Indian journal of veterinary science and animal husbandry - Volumes 18-21, 1948-1951
Year: 1948
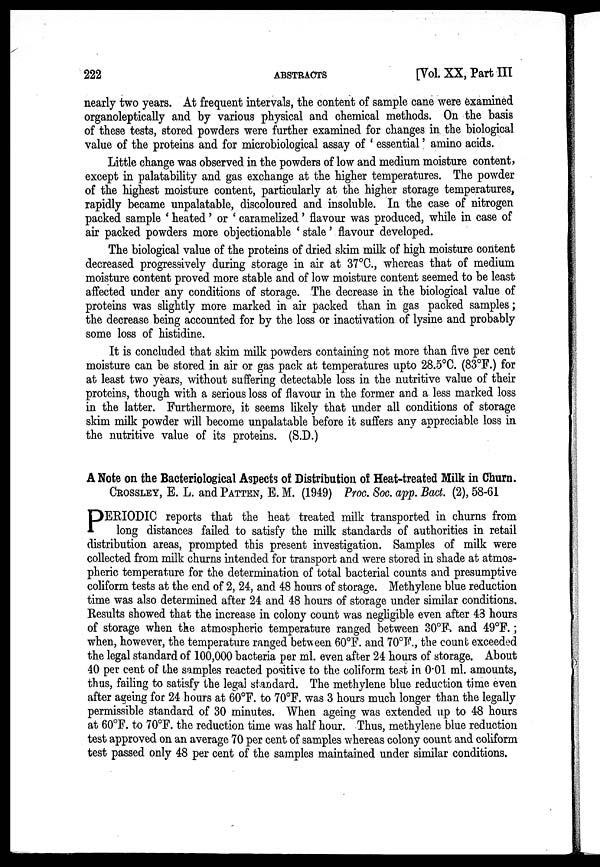
222
ABSTRACTS
[Vol. XX, Part III
nearly two years. At frequent intervals, the content of sample cane were examined
organoleptically and by various physical and chemical methods. On the basis
of these tests, stored powders were further examined for changes in the biological
value of the proteins and for microbiological assay of ' essential ' amino acids.
Little change was observed in the powders of low and medium moisture content,
except in palatability and gas exchange at the higher temperatures. The powder
of the highest moisture content, particularly at the higher storage temperatures,
rapidly became unpalatable, discoloured and insoluble. In the case of nitrogen
packed sample ' heated ' or ' caramelized ' flavour was produced, while in case of
air packed powders more objectionable ' stale ' flavour developed.
The biological value of the proteins of dried skim milk of high moisture content
decreased progressively during storage in air at 37°C., whereas that of medium
moisture content proved more stable and of low moisture content seemed to be least
affected under any conditions of storage. The decrease in the biological value of
proteins was slightly more marked in air packed than in gas packed samples ;
the decrease being accounted for by the loss or inactivation of lysine and probably
some loss of histidine.
It is concluded that skim milk powders containing not more than five per cent
moisture can be stored in air or gas pack at temperatures upto 28.5°C. (83°F.) for
at least two years, without suffering detectable loss in the nutritive value of their
proteins, though with a serious loss of flavour in the former and a less marked loss
in the latter. Furthermore, it seems likely that under all conditions of storage
skim milk powder will become unpalatable before it suffers any appreciable loss in
the nutritive value of its proteins. (S.D.)
A Note on the Bacteriological Aspects of Distribution of Heat-treated Milk in Churn.
CROSSLEY, E. L. and PATTEN, E. M. (1949) Proc. Soc. app. Bact. (2), 58-61
P ERIODIC reports that the heat treated milk transported in churns from
long distances failed to satisfy the milk standards of authorities in retail
distribution areas, prompted this present investigation. Samples of milk were
collected from milk churns intended for transport and were stored in shade at atmos-
pheric temperature for the determination of total bacterial counts and presumptive
coliform tests at the end of 2, 24, and 48 hours of storage. Methylene blue reduction
time was also determined after 24 and 48 hours of storage under similar conditions.
Results showed that the increase in colony count was negligible even after 43 hours
of storage when the atmospheric temperature ranged between 30°F. and 49°F. ;
when, however, the temperature ranged between 60°F. and 70°F., the count exceeded
the legal standard of 100,000 bacteria per ml. even after 24 hours of storage. About
40 per cent of the samples reacted positive to the coliform test in 0.01 ml. amounts,
thus, failing to satisfy the legal standard. The methylene blue reduction time even
after ageing for 24 hours at 60°F. to 70°F. was 3 hours much longer than the legally
permissible standard of 30 minutes. When ageing was extended up to 48 hours
at 60°F. to 70°F. the reduction time was half hour. Thus, methylene blue reduction
test approved on an average 70 per cent of samples whereas colony count and coliform
test passed only 48 per cent of the samples maintained under similar conditions.